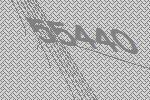
55440